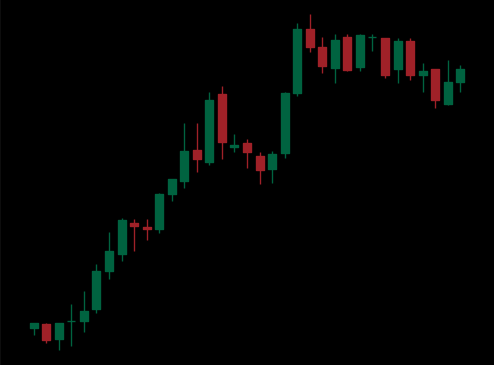
Pattern: bear_flag